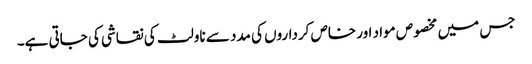
جس میں مخصوص مواد اور خاص کرداروں کی مدد سے ناولٹ کی نقاشی کی جاتی ہے۔